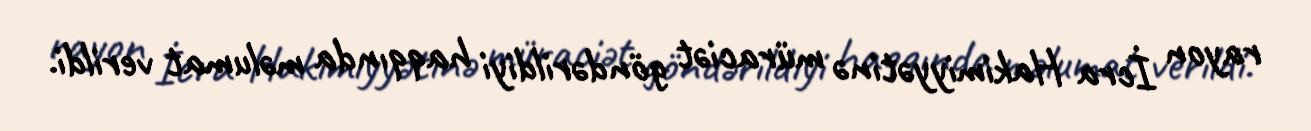
rayon İcra Hakimiyyətinə müraciət göndərildiyi haqqında məlumat verildi.